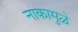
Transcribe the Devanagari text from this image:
नाकामुळे